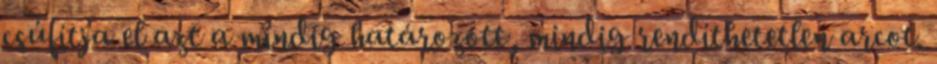
csúfítja el azt a mindig határozott, mindig rendíthetetlen arcot.